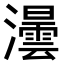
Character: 𤃅